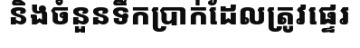
និងចំនួនទឹកប្រាក់ដែលត្រូវផ្ទេរ